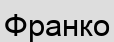
Франко